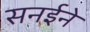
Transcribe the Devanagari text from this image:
सनईने